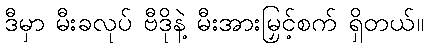
ဒီမှာ မီးခလုပ် ဗီဒိုနဲ့ မီးအားမြှင့်စက် ရှိတယ်။